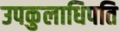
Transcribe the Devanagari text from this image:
उपकुलाधिपति